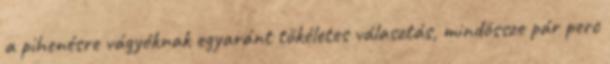
a pihenésre vágyóknak egyaránt tökéletes választás, mindössze pár perc